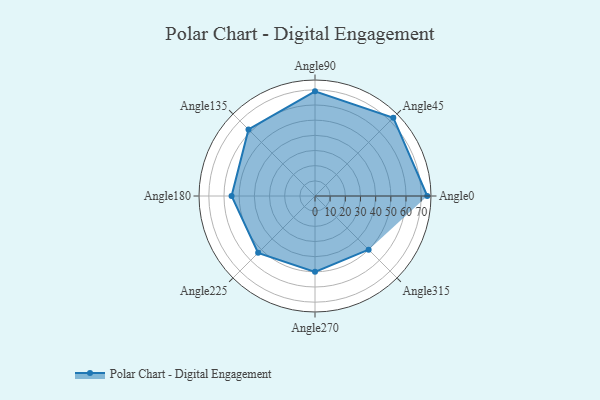
{"axis": {"x": "Angle", "y": "Radius"}, "legend": [""], "data": [{"x": "Angle0", "y": 74.0, "type": ""}, {"x": "Angle45", "y": 73.0, "type": ""}, {"x": "Angle90", "y": 69.0, "type": ""}, {"x": "Angle135", "y": 62.0, "type": ""}, {"x": "Angle180", "y": 55.0, "type": ""}, {"x": "Angle225", "y": 53.0, "type": ""}, {"x": "Angle270", "y": 50, "type": ""}, {"x": "Angle315", "y": 50, "type": ""}]}